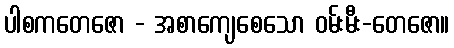
ပါစကတေဇော - အစာကျေစေသော ဝမ်းမီး-တေဇော။